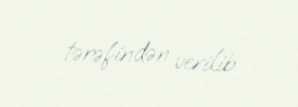
tərəfindən verilib.